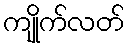
ကျိုက်လတ်